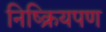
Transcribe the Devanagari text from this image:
निष्क्रियपण